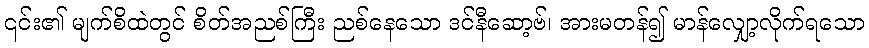
၎င်း၏ မျက်စိထဲတွင် စိတ်အညစ်ကြီး ညစ်နေသော ဒင်နီဆော့ဗ်၊ အားမတန်၍ မာန်လျှော့လိုက်ရသော